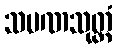
သမဏသုတ္တံ